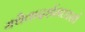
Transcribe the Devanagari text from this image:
यथैवादर्शमध्यस्थे